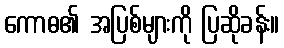
ကောဓ၏ အပြစ်များကို ပြဆိုခန်း။